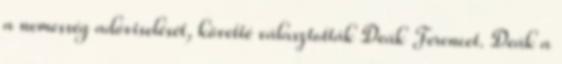
a nemesség adóviselését, követté választották Deák Ferencet. Deák a